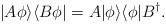
LaTeX: \begin{align*}|A\phi\rangle\langle B\phi |=A|\phi \rangle\langle\phi |B^{\dagger}.\end{align*}